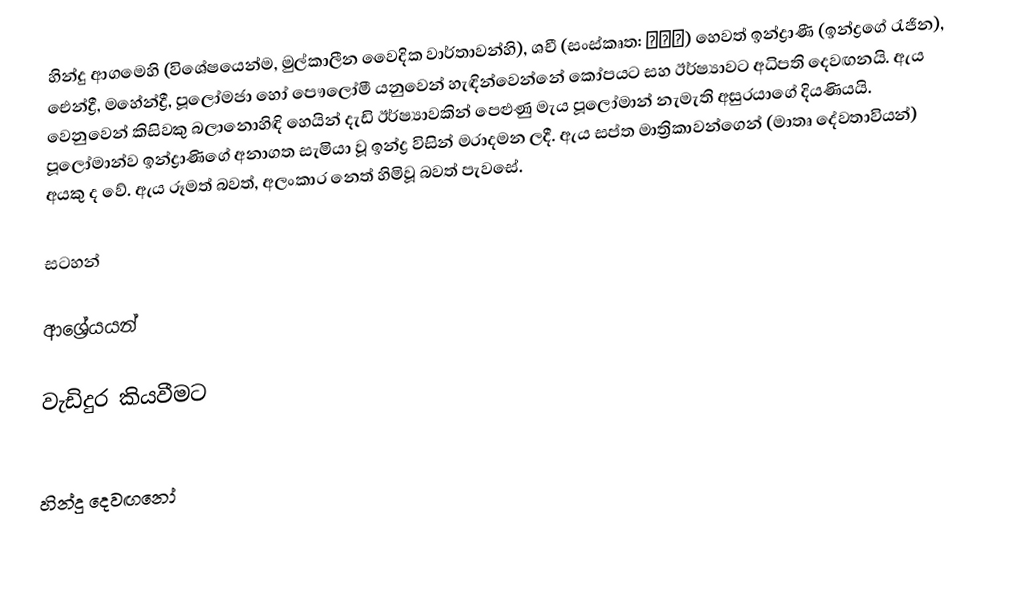
හින්දු ආගමෙහි (විශේෂයෙන්ම, මුල්කාලීන වෛදික වාර්තාවන්හි), ශචී (සංස්කෘත: शची) හෙවත් ඉන්ද්‍රාණී (ඉන්ද්‍රගේ රැජින), ඓන්ද්‍රී, මහේන්ද්‍රී, පූලෝමජා හෝ පෞලෝමී යනුවෙන් හැඳින්වෙන්නේ කෝපයට සහ ඊර්ෂ්‍යාවට අධිපති දෙවඟනයි. ඇය වෙනුවෙන් කිසිවකු බලානොහිඳි හෙයින් දැඩි ඊර්ෂ්‍යාවකින් පෙළුණු මැය පූලෝමාන් නැමැති අසුරයාගේ දියණියයි. පූලෝමාන්ව ඉන්ද්‍රාණිගේ අනාගත සැමියා වූ ඉන්ද්‍ර විසින් මරාදමන ලදී. ඇය සප්ත මාත්‍රිකාවන්ගෙන් (මාතෘ දේවතාවියන්) අයකු ද වේ. ඇය රූමත් බවත්, අලංකාර නෙත් හිමිවූ බවත් පැවසේ.

සටහන්

ආශ්‍රේයයන්

වැඩිදුර කියවීමට

හින්දු දෙවඟනෝ